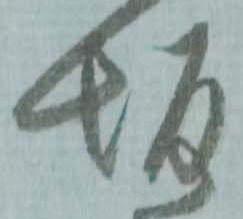
坂